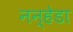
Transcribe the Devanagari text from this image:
नन्हेडा